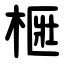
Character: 㮜